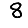
Digit: 8